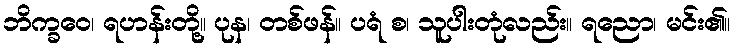
ဘိက္ခဝေ၊ ရဟန်းတို့။ ပုန၊ တစ်ဖန်။ ပရံ စ၊ သူပါးတုံလည်း။ ရညော၊ မင်း၏။